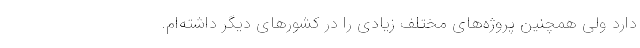
دارد ولی همچنین پروژه‌های مختلف زیادی را در کشورهای دیگر داشته‌ام.